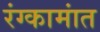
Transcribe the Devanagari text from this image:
रंग्कामांत